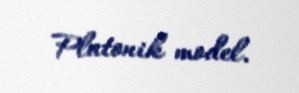
Platonik model.